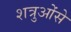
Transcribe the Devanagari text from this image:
शत्रुओंसे